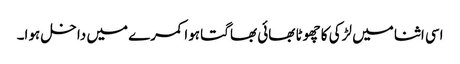
اسی اثنا میں لڑکی کا چھوٹا بھائی بھاگتا ہوا کمرے میں داخل ہوا۔